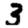
Digit: 3